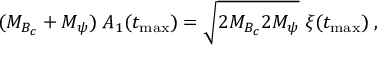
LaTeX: ( M _ { B _ { c } } + M _ { \psi } ) \; A _ { 1 } ( t _ { \mathrm { m a x } } ) = \sqrt { 2 M _ { B _ { c } } 2 M _ { \psi } } \; \xi ( t _ { \mathrm { m a x } } ) \; ,